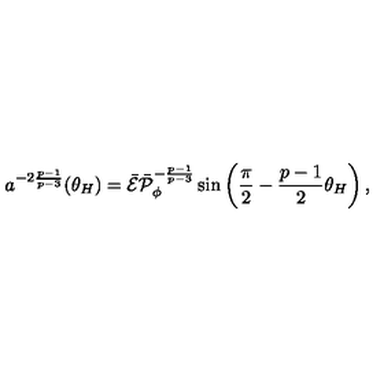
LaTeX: a ^ { - 2 { \frac { p - 1 } { p - 3 } } } ( \theta _ { H } ) = \bar { \cal E } \bar { \cal P } _ { \phi } ^ { - { \frac { p - 1 } { p - 3 } } } \sin \left( { \frac { \pi } { 2 } } - { \frac { p - 1 } { 2 } } \theta _ { H } \right) ,